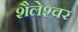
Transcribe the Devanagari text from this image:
शैलेश्‍वर